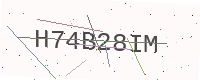
Text: H74B28IM